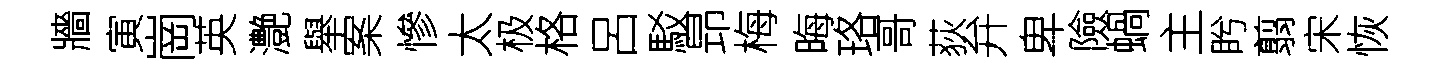
牆寅崗英灔舉案慘太极格呂駁昻梅晦珞哥荻弁卑險蝸主盻翦宋恢